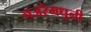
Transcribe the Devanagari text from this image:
नजरेमधुनी